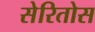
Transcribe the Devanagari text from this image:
सेरितोस